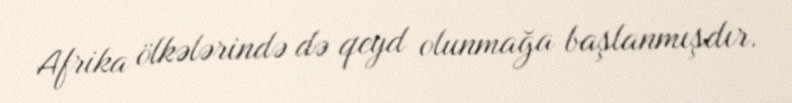
Afrika ölkələrində də qeyd olunmağa başlanmışdır.